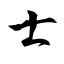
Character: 士